Indian journal of veterinary science and animal husbandry - Volume 13,
Year: 1943
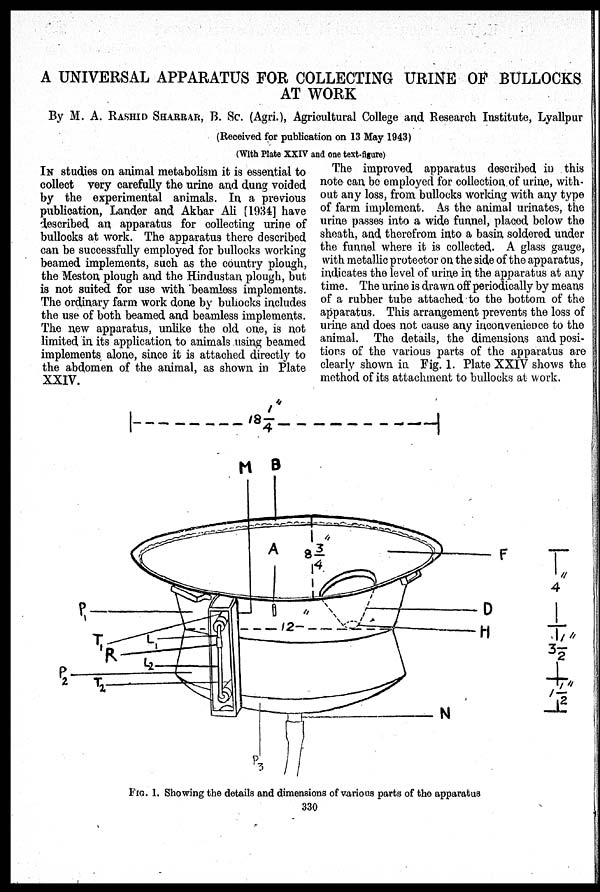
A UNIVERSAL APPARATUS FOR COLLECTING URINE OF BULLOCKS
AT WORK
By M. A. RASHID SHARRAR, B. Sc. (Agri.), Agricultural College and Research Institute, Lyallpur
(Received for publication on 13 May 1943)
(With Plate XXIV and one text-figure)
IN studies on animal metabolism it is essential to
collect very carefully the urine and dung voided
by the experimental animals. In a previous
publication, Lander and Akbar Ali [1934] have
described an apparatus for collecting urine of
bullocks at work. The apparatus there described
can be successfully employed for bullocks working
beamed implements, such as the country plough,
the Meston plough and the Hindustan plough, but
is not suited for use with beamless implements.
The ordinary farm work done by buliocks includes
the use of both beamed and beamless implements.
The new apparatus, unlike the old one, is not
limited in its application to animals using beamed
implements alone, since it is attached directly to
the abdomen of the animal, as shown in Plate
XXIV.
The improved apparatus described in this
note can be employed for collection of urine, with-
out any loss, from bullocks working with any type
of farm implement. As the animal urinates, the
urine passes into a wide funnel, placed below the
sheath, and therefrom into a basin soldered under
the funnel where it is collected. A glass gauge,
with metallic protector on the side of the apparatus,
indicates the level of urine in the apparatus at any
time. The urine is drawn off periodically by means
of a rubber tube attached to the bottom of the
apparatus. This arrangement prevents the loss of
urine and does not cause any inconvenience to the
animal. The details, the dimensions and posi-
tions of the various parts of the apparatus are
clearly shown in Fig. 1. Plate XXIV shows the
method of its attachment to bullocks at work.
FIG. 1. Showing the details and dimensions of various parts of the apparatus
330